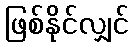
ဖြစ်နိုင်လျှင်